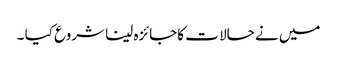
میں نے حالا ت کاجائزہ لینا شروع کیا ۔